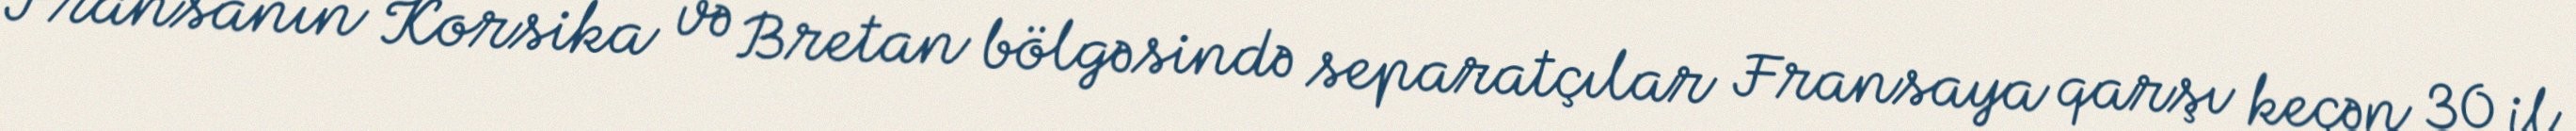
Fransanın Korsika və Bretan bölgəsində separatçılar Fransaya qarşı keçən 30 il